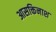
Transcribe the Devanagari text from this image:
आसक्तिनाश